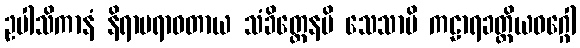
ဥပါသိကာနံ နိရာပရာဓတာယ သံခိတ္တေနပိ သေသာပိ ကဠာရခတ္တိယဝဂ္ဂေါ